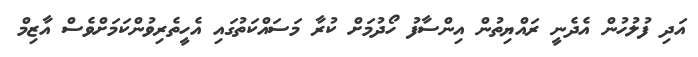
އަދި ފުލުހުން އެދެނީ ރައްޔިތުން އިންސާފު ހޯދުމަށް ކުރާ މަސައްކަތުގައި އެހީތެރިވުންކަމަށްވެސް އާޒިމް